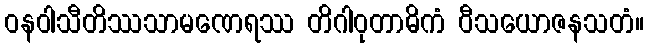
ဝနဝါသီတိဿသာမဏေရဿ တိဂါဝုတာဓိကံ ဝီသယောဇနသတံ။